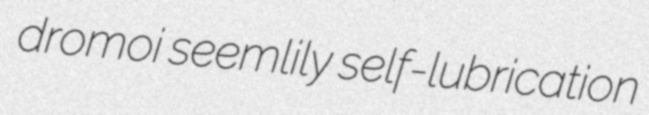
dromoi seemlily self-lubrication